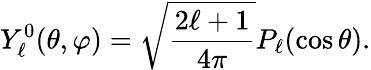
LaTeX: Y_{\ell}^{0}(\theta,\varphi)={\sqrt{\frac{2\ell+1}{4\pi}}}P_{\ell}(\cos\theta).